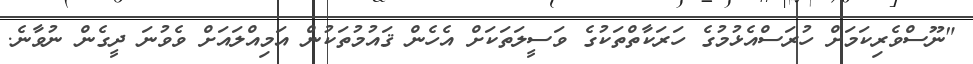
"ނޫސްވެރިކަމަށް ހުރަސްއެޅުމުގެ ހަރަކާތްތަކުގެ ވަސީލަތަކަށް އެހެން ޤައުމުތަކުން އަމިއްލައަށް ވެވުނަ ދީގެން ނުވާނެ.